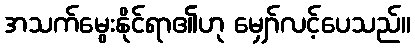
အသက်မွေးနိုင်ရာ၏ဟု မျှော်လင့်ပေသည်။